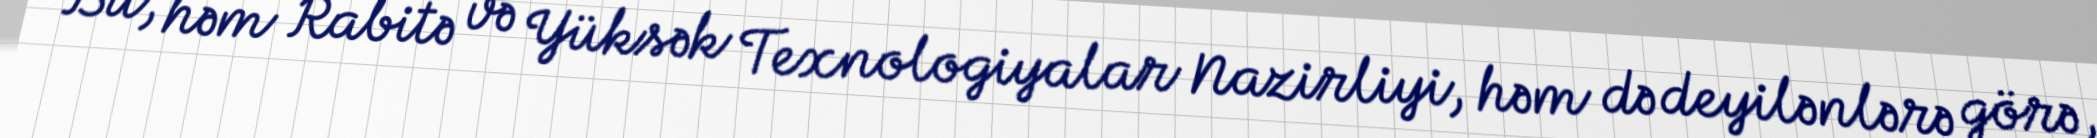
Bu, həm Rabitə və Yüksək Texnologiyalar Nazirliyi, həm də deyilənlərə görə,